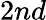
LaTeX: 2nd